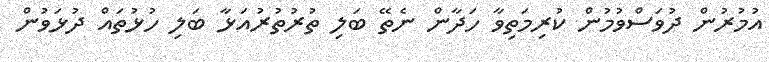
އުމުރުން ދުވަސްވުމުން ކުރިމަތިވާ ހަދާން ނެތޭ ބަލި ތުރުތުރުއަޅާ ބަލި ހުޅުތައް ދުޅަވުން